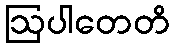
ဩပါတေတိ